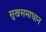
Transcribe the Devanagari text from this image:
सुखसमाधान